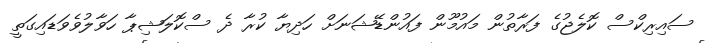
ސައިރިކްސް ކޮލެޖުގެ ފަރާތުން މައުމޫން ފައުންޑޭޝަނަށް ހަދިޔާ ކުރާ ދެ ސްކޮލަޝިޕާ ހަވާލުވެވަޑައިގަތީ